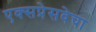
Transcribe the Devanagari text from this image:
एक्सप्रेसवेचा